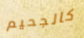
كالجحيم